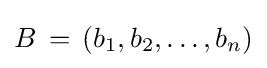
B\,=\,(b_{1},b_{2},\dots ,b_{n})